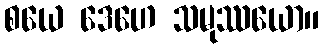
စယေ ဒေဟေ သမုဿယော။